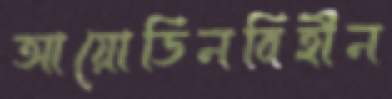
আয়োডিনবিহীন